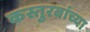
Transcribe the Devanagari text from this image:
कस्तुरबांच्या